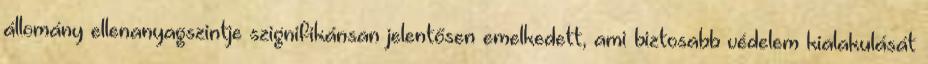
állomány ellenanyagszintje szignifikánsan jelentősen emelkedett, ami biztosabb védelem kialakulását